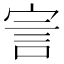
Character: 㝘